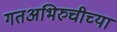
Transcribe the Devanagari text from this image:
गतअभिरुचीच्या